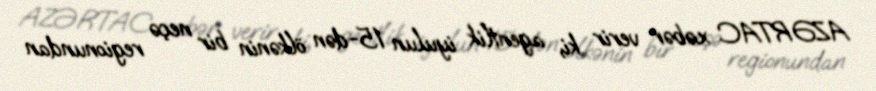
AZƏRTAC xəbər verir ki, agentlik iyulun 15-dən ölkənin bir neçə regionundan